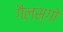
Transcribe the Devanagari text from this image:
गैलस्गो